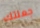
جعلتك